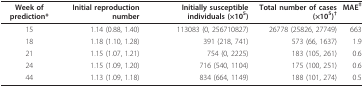
| Week of prediction* | Initial reproduction number | Initially susceptible individuals (×105) | Total number of cases (×105)† | MAE‡ |
 | --- | --- | --- | --- | --- |
 | 15 | 1.14 (0.88, 1.40) | 113083 (0, 256710827) | 26778 (25826, 27749) | 663 |
 | 18 | 1.18 (1.10, 1.28) | 391 (218, 741) | 573 (66, 1637) | 1.9 |
 | 21 | 1.15 (1.07, 1.21) | 754 (0, 2225) | 183 (105, 261) | 0.6 |
 | 24 | 1.15 (1.09, 1.20) | 716 (540, 1104) | 175 (100, 251) | 0.6 |
 | 44 | 1.13 (1.09, 1.18) | 834 (664, 1149) | 188 (101, 274) | 0.5 |